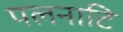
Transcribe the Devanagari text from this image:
पलनाटि